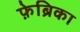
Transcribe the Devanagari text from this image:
फ़ेब्रिका